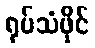
ရုပ်သံဖိုင်